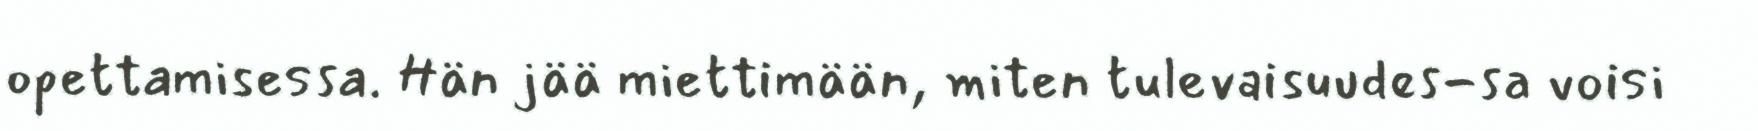
opettamisessa. Hän jää miettimään, miten tulevaisuudes-sa voisi